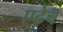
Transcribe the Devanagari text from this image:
एढेच